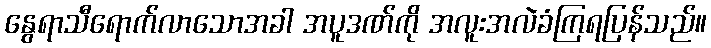
နွေရာသီရောက်လာသောအခါ အပူဒဏ်ကို အလူးအလဲခံကြရပြန်သည်။